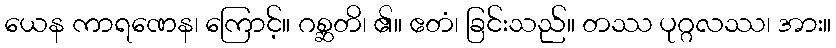
ယေန ကာရဏေန၊ ကြောင့်။ ဂစ္ဆတိ၊ ၏။ ဧတံ၊ ခြင်းသည်။ တဿ ပုဂ္ဂလဿ၊ အား။